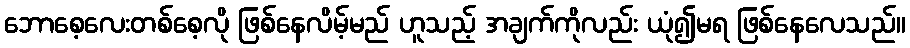
ဘောစေ့လေးတစ်စေ့လို ဖြစ်နေလိမ့်မည် ဟူသည့် အချက်ကိုလည်း ယုံ၍မရ ဖြစ်နေလေသည်။